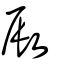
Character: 敐